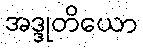
အဒ္ဒုတိယော